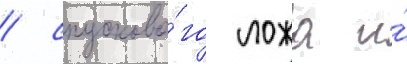
/ спусково́го ложа и́